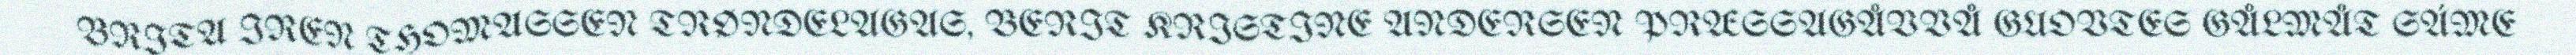
BRITA IREN THOMASSEN TRØNDELAGAS, BERIT KRISTINE ANDERSEN PRÆSSAGÅVVÅ GUOVTES GÅLMÅT SÁME